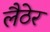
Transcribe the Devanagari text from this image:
लैठेर